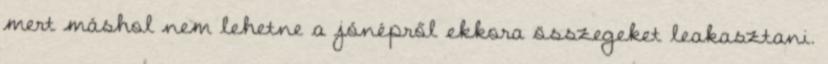
mert máshol nem lehetne a jónépről ekkora összegeket leakasztani.